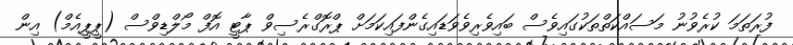
ފުރަތަމަ ކުރެވުނު މަސައްކަތްތަކުގައިވެސް ބައިވެރިވެވަޑައިގެންފައިކަމަށް ޕްރޮގްރެސިވް ޕާޓީ އޮފް މޯލްޑިވްސް (ޕީޕީއެމް) އިން